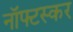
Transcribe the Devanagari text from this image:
नॉफ्टस्कर